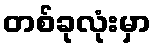
တစ်ခုလုံးမှာ